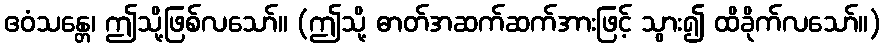
ဧဝံသန္တေ၊ ဤသို့ဖြစ်လသော်။ (ဤသို့ ဓာတ်အဆက်ဆက်အားဖြင့် သွား၍ ထိခိုက်လသော်။)